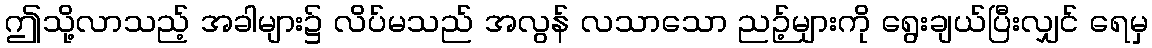
ဤသို့လာသည့် အခါများ၌ လိပ်မသည် အလွန် လသာသော ညဉ့်များကို ရွေးချယ်ပြီးလျှင် ရေမှ